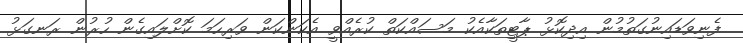
ފެނިވަޑައިނުގަތުމުން އިދިިކޮޅު ޕާޓީތަކާއެކު މަސައްކަތް ކުރެއްވީ އެކަންކަން ވަރިހަމަ ކޮށްލައިގެން ހުރުން ރަނގަޅު